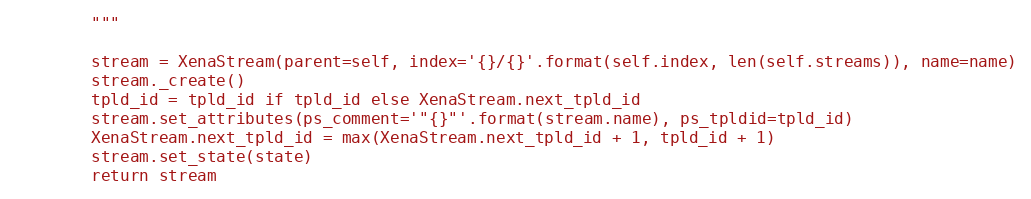
Language: Python
        """

        stream = XenaStream(parent=self, index='{}/{}'.format(self.index, len(self.streams)), name=name)
        stream._create()
        tpld_id = tpld_id if tpld_id else XenaStream.next_tpld_id
        stream.set_attributes(ps_comment='"{}"'.format(stream.name), ps_tpldid=tpld_id)
        XenaStream.next_tpld_id = max(XenaStream.next_tpld_id + 1, tpld_id + 1)
        stream.set_state(state)
        return stream